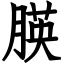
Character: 朠